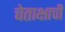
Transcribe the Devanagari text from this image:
चेताक्षाची